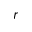
r